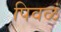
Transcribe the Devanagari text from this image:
पिवळं